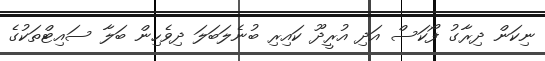
ނިކަން ދިރާގު ފޯކަސް އަދި އުރީދޫ ކައިރި ބުނެލަބަލަ ދިވެހިން ބަލާ ސައިޓްތަކުގެ